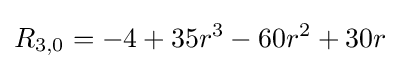
R_{3,0}=-4+35r^{3}-60r^{2}+30r